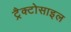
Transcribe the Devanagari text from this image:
ट्रैक्टोसाइल